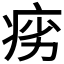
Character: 𬏩